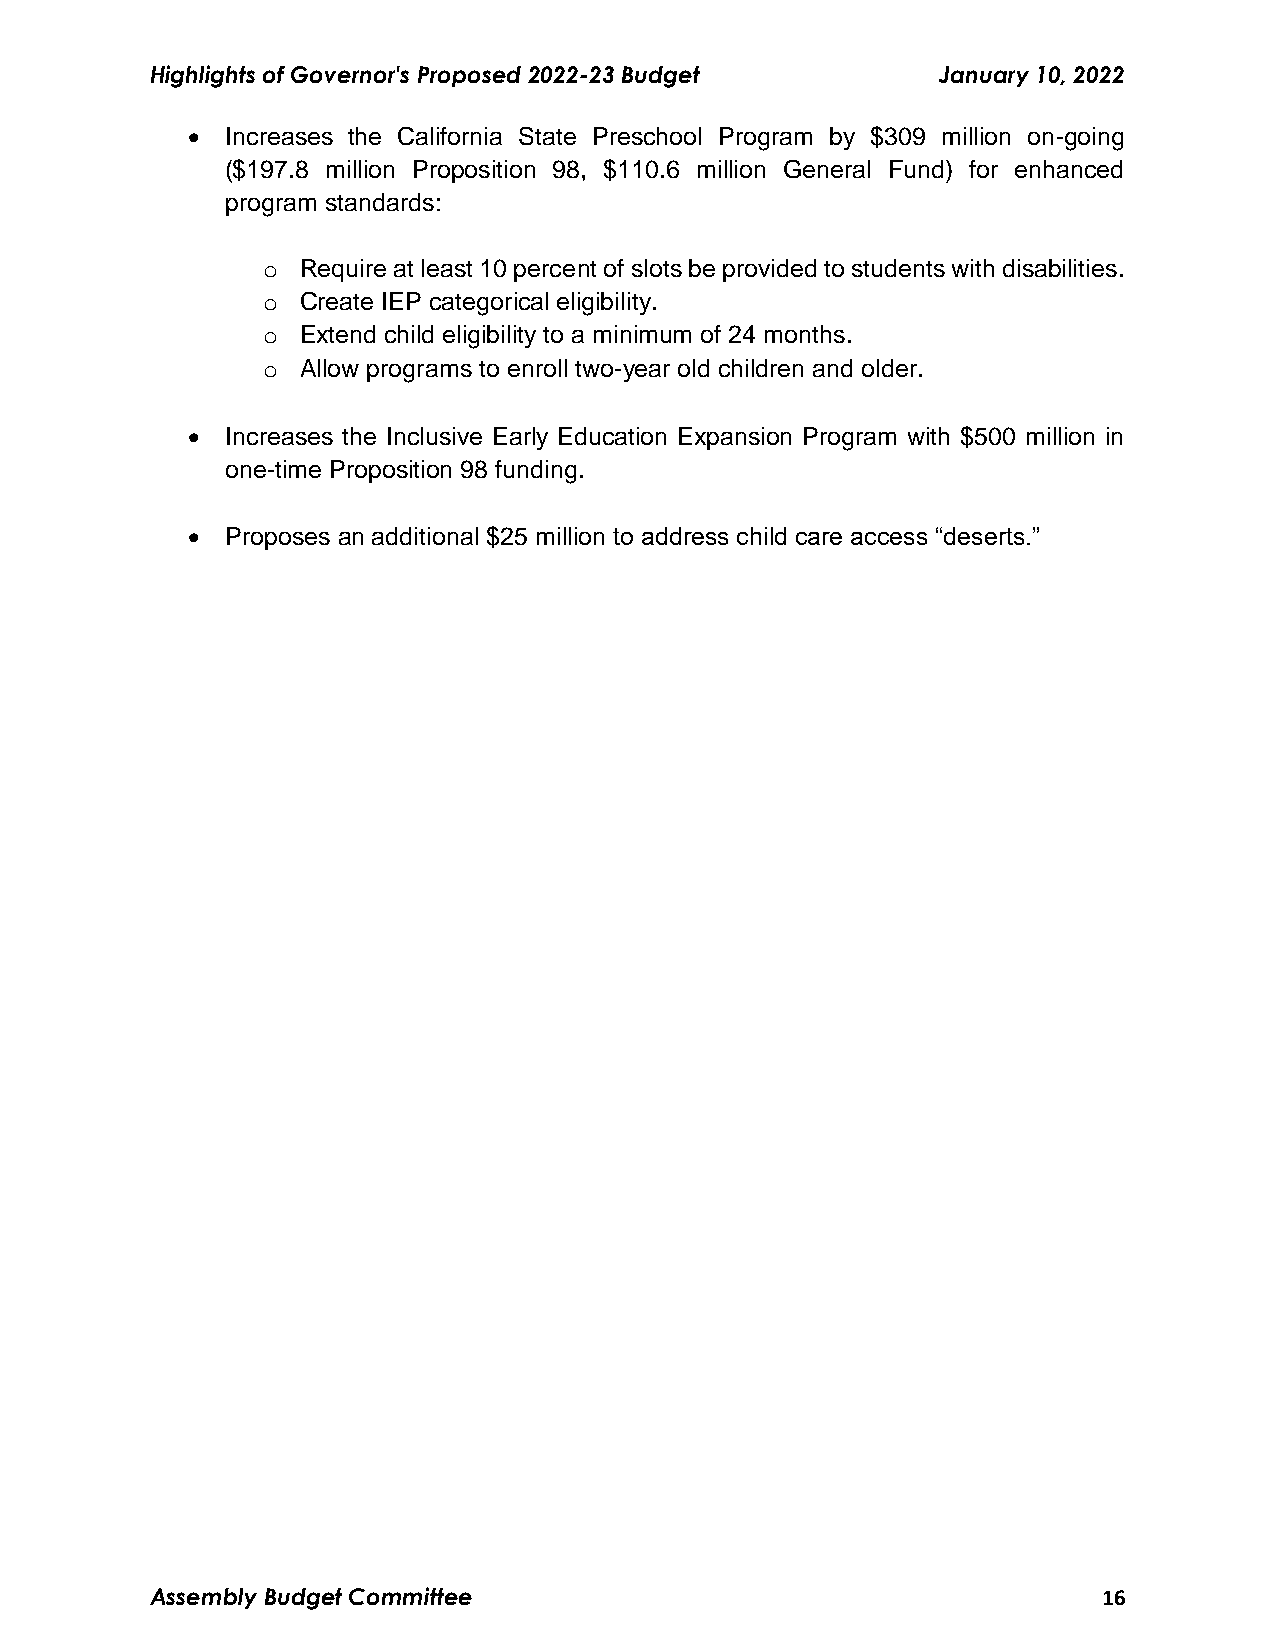
Highlights of Governor's Proposed 2022-23 Budget    January 10, 2022
   Increases the California State Preschool Program by $309 million on-going
 ($197.8 million Proposition 98, $110.6 million General Fund) for enhanced
 program standards:
 o  Require at least 10 percent of slots be provided to students with disabilities.
 o  Create IEP categorical eligibility.
 o  Extend child eligibility to a minimum of 24 months.
 o  Allow programs to enroll two-year old children and older.
   Increases the Inclusive Early Education Expansion Program with $500 million in
 one-time Proposition 98 funding.
   Proposes an additional $25 million to address child care access “deserts.”
 Assembly Budget Committee                                      16